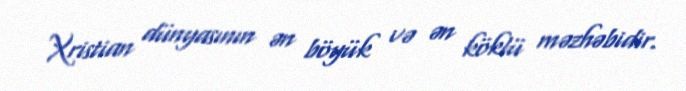
Xristian dünyasının ən böyük və ən köklü məzhəbidir.